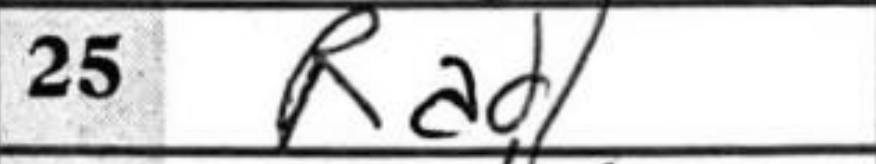
Transcription: Rad1